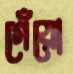
গেঁয়ো